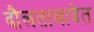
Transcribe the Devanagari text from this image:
दौलताबादेत